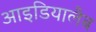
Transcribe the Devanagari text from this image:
आइडियालैब